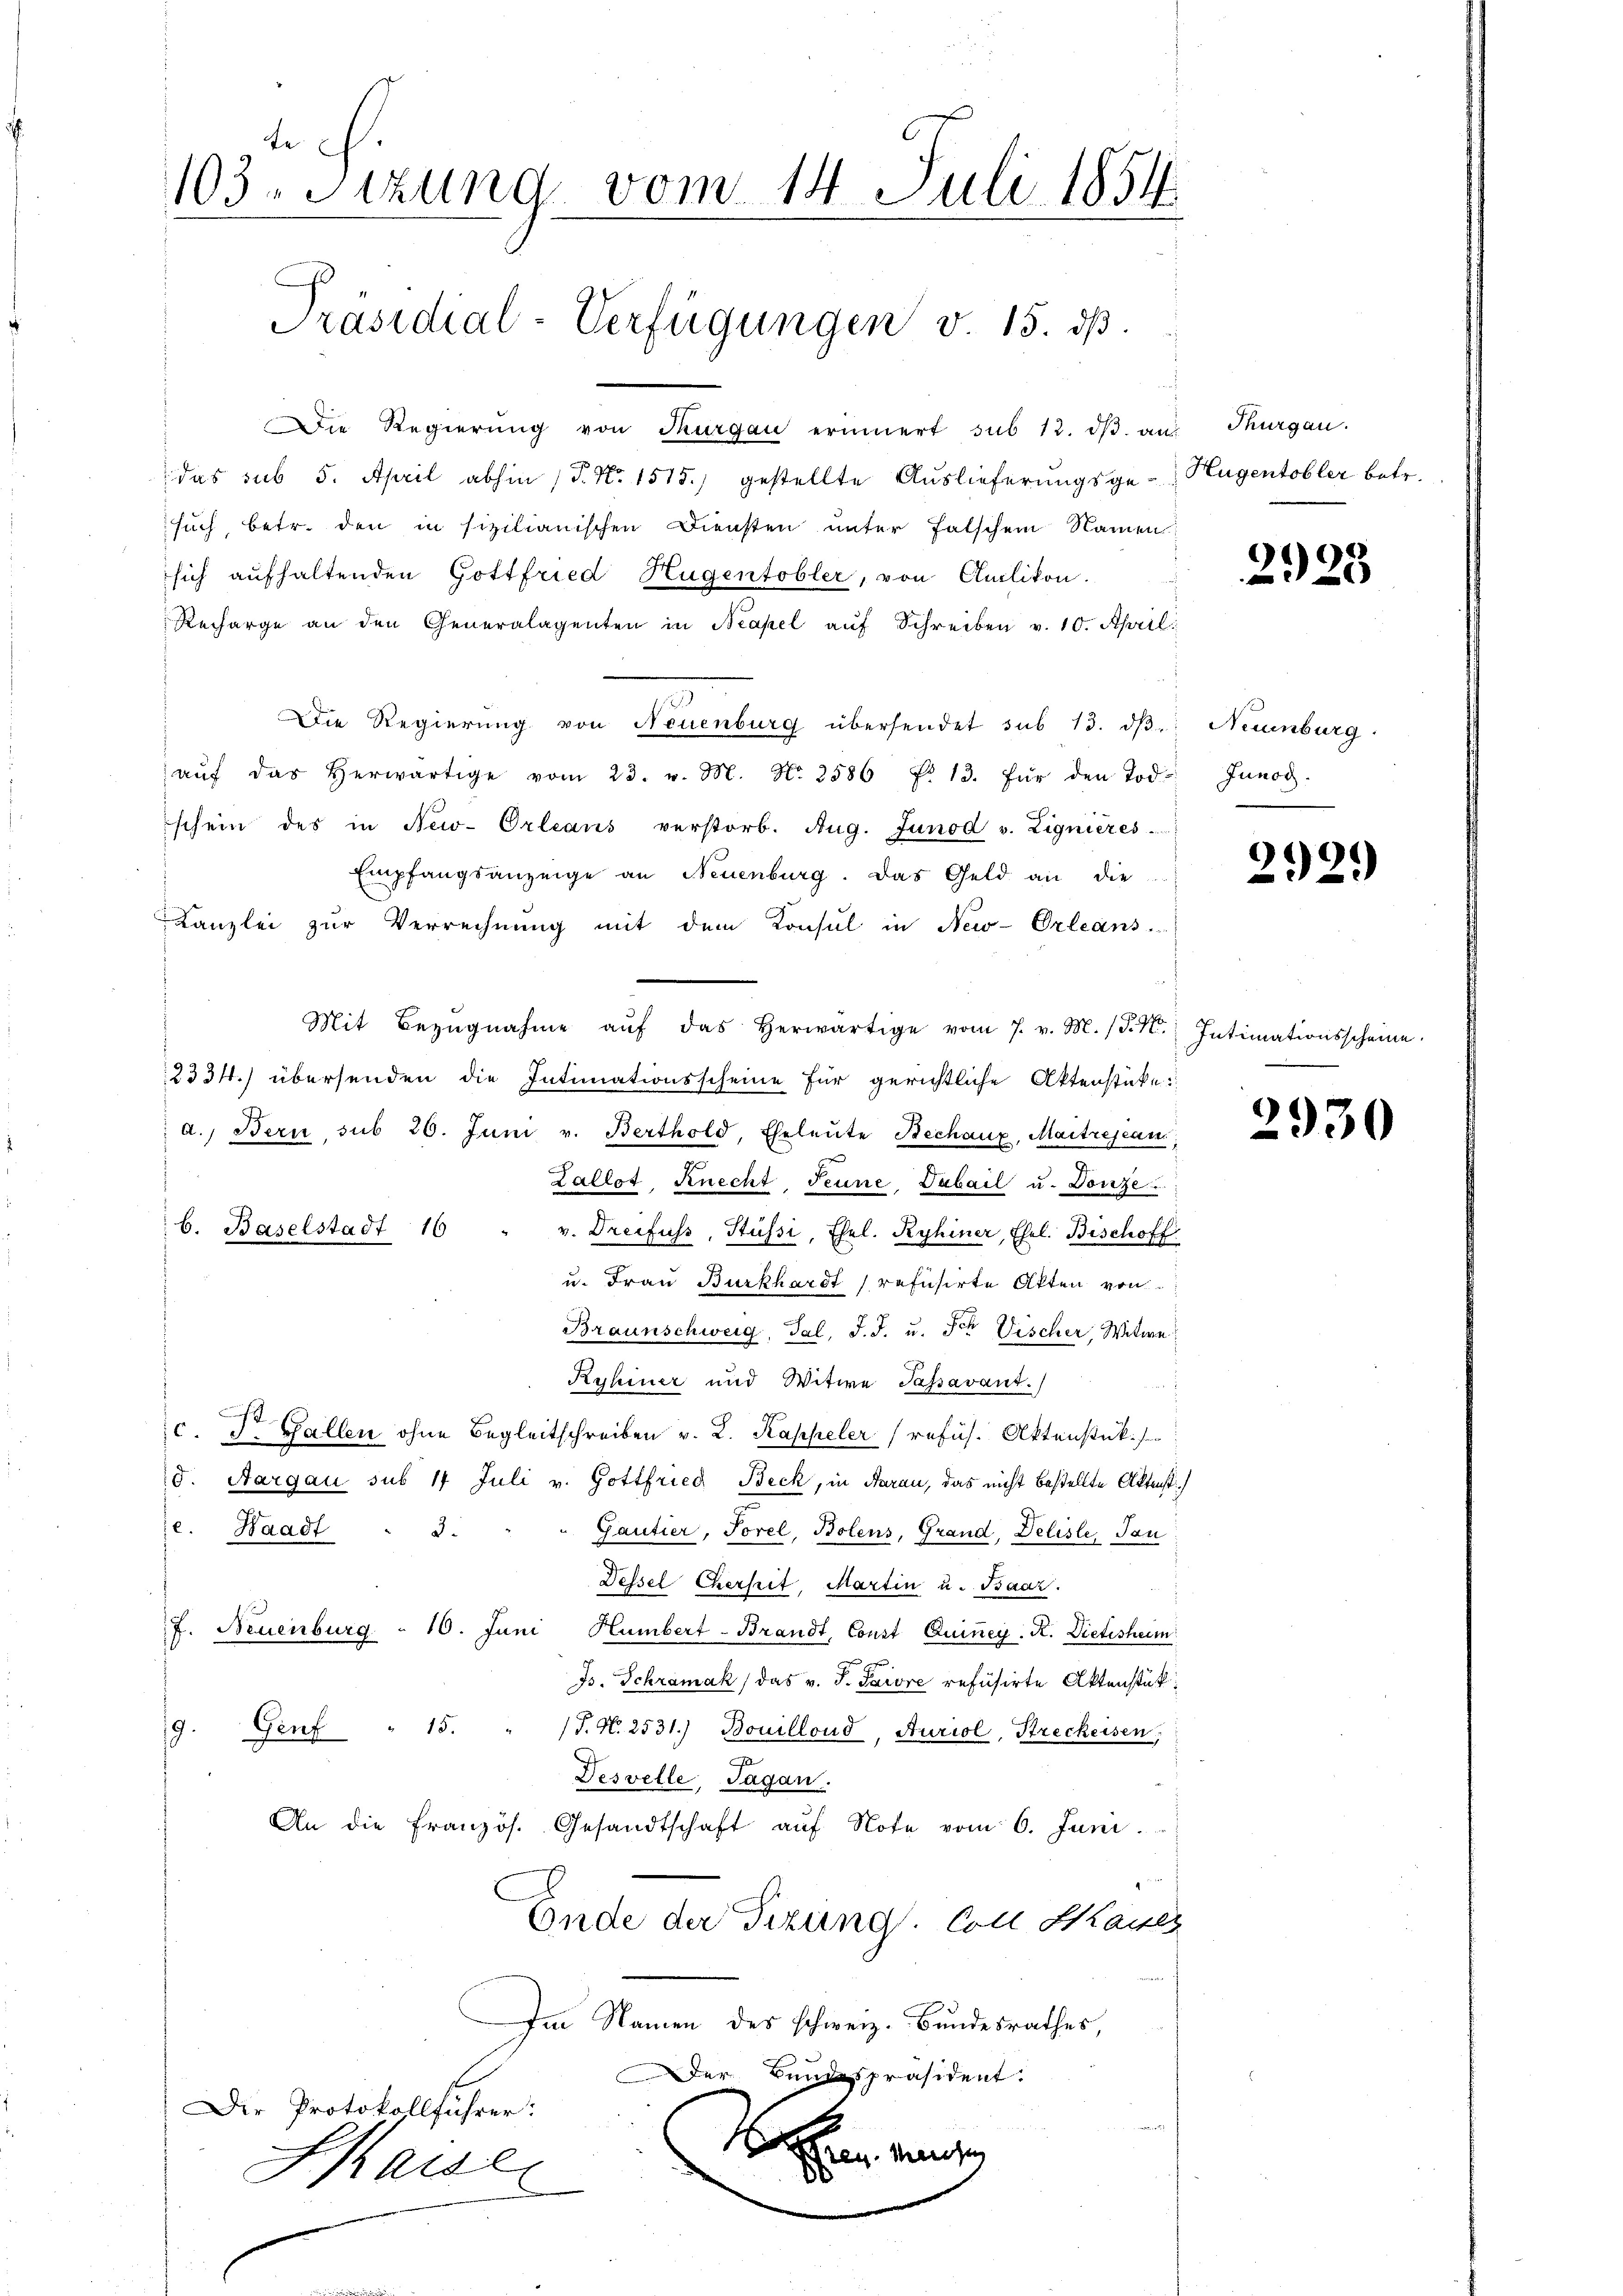
103. Sitzung vom 14. Juli 1854
Präsidial-Verfügungen v. 15. ds.

Die Regierŭng von Thurgau erinnert sub 12. dβ an Thurgau.
das sub 5. April abhin (T. N. 1515.) gestellte Auslieferungsge-Hugentobler betr.
such, betr. den in sizilianischen Diensten unter falschem Namen
sich aufhaltenden Gottfried Hugentobler, von Amlikon.
Recharge an den Generalagenten in Neapel aŭf Schreiben v. 10. April
Die Regierŭng von Neuenburg übersendet sub 13. dβ Neuenburg
aŭf das herwärtige vom 23. v. M. N. 2586 f. 13. für den Tod.
schein des in New-Orleans verstorb. Aug. Junod v. Lignieres
Empfangsanzeige an Neuenburg. Das Geld an die
Kanzlei zŭr Verrechnŭng mit dem Konsul in New-Orleans
Mit Bezŭgnahme aŭf das herwärtige vom 7. v. M. (§. 1. Intimationsscheine.
12334.) übersenden die Intimationsscheine für gerichtliche Aktenstücke:
d.) Bern, sub 26. Juni v. Berthold, Eheleute Bechanz, Maitrejean,
Zallot, Knecht. Jenne. Dabail u. Donze
b. Baselstadt 16
v. Dreifuss, Stüssi, Ehel. Ryhiner, Ehel. Bischoff
u. Frau Burkhardt refusirte Akten von
Braunschweig, Tal, J. J. u. der Vischer, Witwe
Ryhiner und Witwe Passavant.
n
c. S. Gallen ohne Begleitschreiben v. L. Kappeler (refus. Aktenstück.
d. Aargau sub 14 Juli v. Gottfried Beck, in Aarau, das nicht bestellte Aktenst
e. Waadt " 3.
Gautier, Torel, Bolens, Grand, Deliste, Tau
Dessel Cherheit, Martin u. Baar.
J. Neuenburg " 10. Juni Humbert-Brandt, Const Quiney. K. Dietisheim
fer
Is. Schramak/ das v. J. Saire refusirte Aktenstük
9. Genf " 15. " J. N. 2531.) Bouillond, Auriol, Streckeisen,
Desvelle, Tagan.
An die Französ. Gesandtschaft aŭf Note vom 6. Juni.
Ende der Tizung. Coll Kaiser
Im Namen des schweiz. Bundesrathes,
Der Bundespräsident.
Die Protokollführer:
 en eine
Kaise
.

2925

Junos.

292.

2930